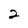
Character: 2